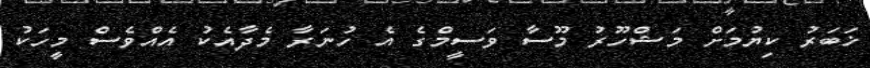
ޚަބަރު ކިޔުމަށް މަޝްހޫރު މޫސާ ވަސީމްގެ އެ ހުނަރާ މެދާއެކު އެއްވެސް މީހަކު